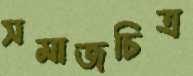
সমাজচিত্র